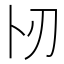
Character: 𠧓